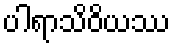
ပါရာသိဝိယဿ